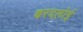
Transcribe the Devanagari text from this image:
बरदलोई